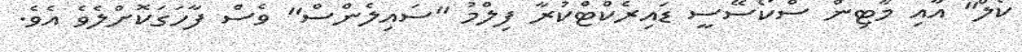
ކޯލް" އާއި މާޓިން ސްކޯސޭސީ ޑައިރެކްޓްކުރާ ފިލްމު "ސައިލެންސް" ވެސް ފާހަގަކޮށްލެވެ އެވެ.